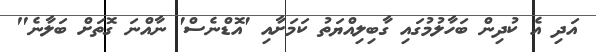
އަދި އެ ކުދިން ބަހާލުމުގައި ގާބިލިއްޔަތު ކަމަށާއި 'އޮޑްނެސް' ނާއްނަ ގޮތަށް ބަލާނެ"